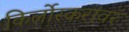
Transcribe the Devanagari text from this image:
किर्लोस्करांवर